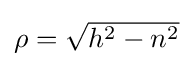
\textstyle \rho ={\sqrt {h^{2}-n^{2}}}